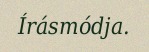
Írásmódja.